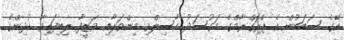
އޭގެ ސަބަބުން އެ ޕްރޮގްރާމްގެ މަގުސަދު ހާސިލްވި މިންވަރާއި ވަޒީފާ ލިބިފައިވާ ކުދިންގެ